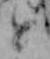
と